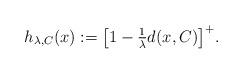
LaTeX: \begin{align*}h_{\lambda,C}(x) := \bigl[ 1- \mbox{$\frac{1}{\lambda}$} d(x,C)\bigr]^+.\end{align*}